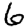
Digit: 6